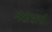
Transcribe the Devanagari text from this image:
नक्षत्राचं